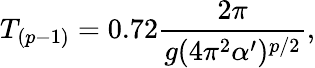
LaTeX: T_{(p-1)}=0.72\frac{2\pi}{g(4\pi^{2}\alpha^{\prime})^{p/2}},